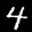
Label: 4